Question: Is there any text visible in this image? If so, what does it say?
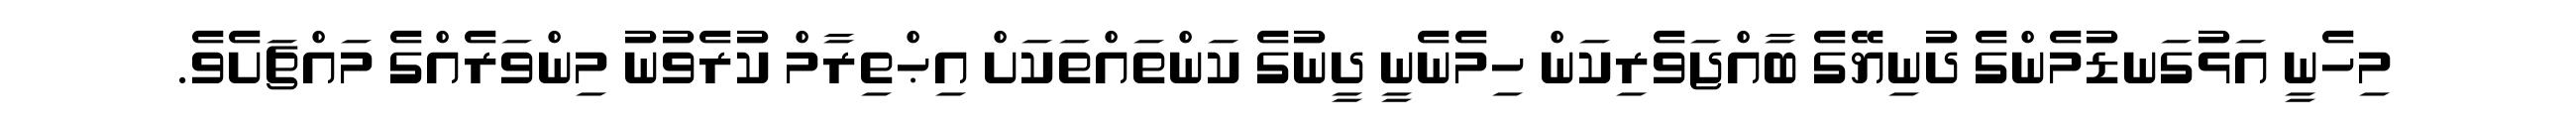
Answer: މިހެނީ އަޅުގަނޑުމެންގެ ދުނިޔޭގެ ބާއްޖަވެރިކަން ހިމެނެނީ ދީނުގެ ކަންތައްތަކަށް އިޙްތިރާމް ކުރެވުނު މިންވަރެއްގެ މައްޗަށެވެ.